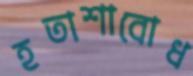
হতাশাবোধ